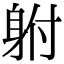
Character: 䠵